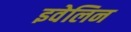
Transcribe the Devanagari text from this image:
इवेलिन